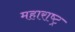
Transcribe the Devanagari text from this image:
महाराष्‍ट्र